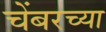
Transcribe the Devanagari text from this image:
चेंबरच्या